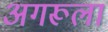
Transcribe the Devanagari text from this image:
अगरूला